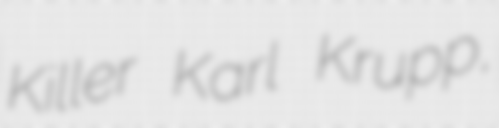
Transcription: Killer Karl Krupp,